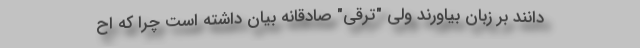
دانند بر زبان بیاورند ولی "ترقی" صادقانه بیان داشته است چرا که اح